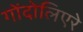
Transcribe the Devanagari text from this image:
गोंदोलिएरे